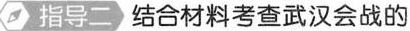
指导二 结合材料考查武汉会战的